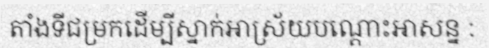
តាំងទីជម្រកដើម្បីស្នាក់អាស្រ័យបណ្តោះអាសន្ន :